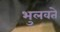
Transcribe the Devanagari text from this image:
भुलवते